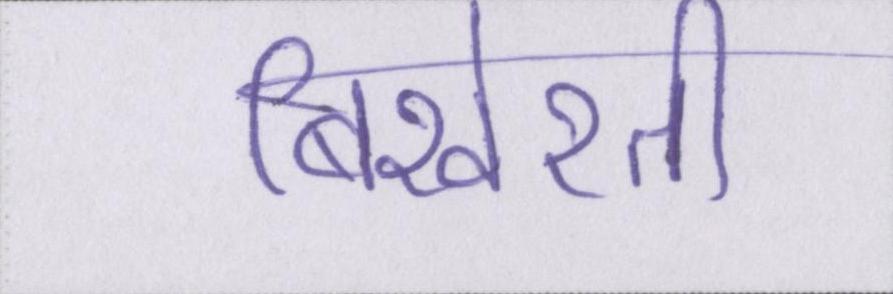
बिखेरती